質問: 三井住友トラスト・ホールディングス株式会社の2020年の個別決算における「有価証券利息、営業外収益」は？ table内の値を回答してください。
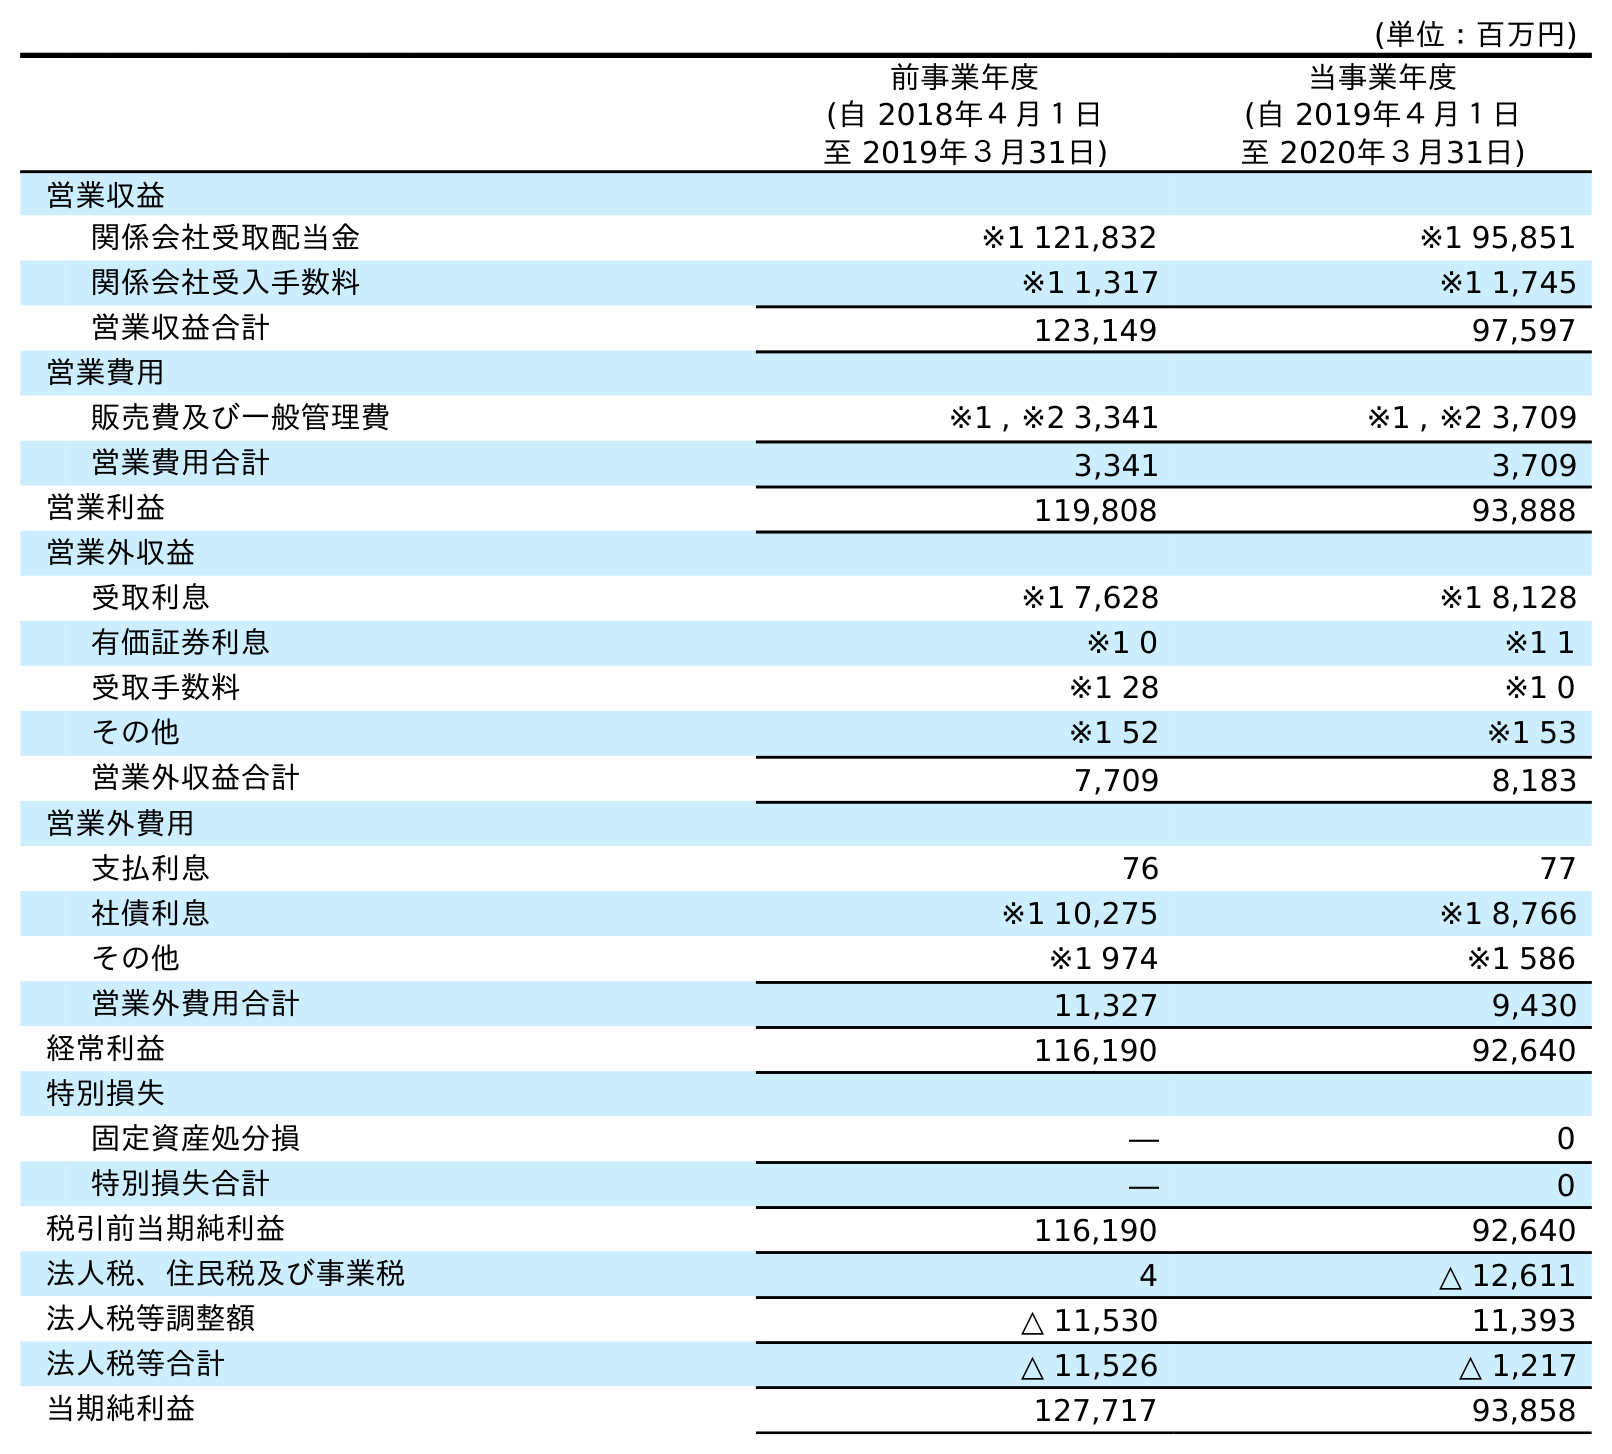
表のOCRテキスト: (単位：百万円) 前事業年度 (自 2018年４月１日 至 2019年３月31日) 当事業年度 (自 2019年４月１日 至 2020年３月31日) 営業収益 関係会社受取配当金 ※1 121,832 ※1 95,851 関係会社受入手数料 ※1 1,317 ※1 1,745 営業収益合計 123,149 97,597 営業費用 販売費及び一般管理費 ※1 , ※2 3,341 ※1 , ※2 3,709 営業費用合計 3,341 3,709 営業利益 119,808 93,888 営業外収益 受取利息 ※1 7,628 ※1 8,128 有価証券利息 ※1 0 ※1 1 受取手数料 ※1 28 ※1 0 その他 ※1 52 ※1 53 営業外収益合計 7,709 8,183 営業外費用 支払利息 76 77 社債利息 ※1 10,275 ※1 8,766 その他 ※1 974 ※1 586 営業外費用合計 11,327 9,430 経常利益 116,190 92,640 特別損失 固定資産処分損 ― 0 特別損失合計 ― 0 税引前当期純利益 116,190 92,640 法人税、住民税及び事業税 4 △ 12,611 法人税等調整額 △ 11,530 11,393 法人税等合計 △ 11,526 △ 1,217 当期純利益 127,717 93,858
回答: ※11